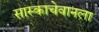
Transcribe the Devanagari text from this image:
सास्काचेवानला